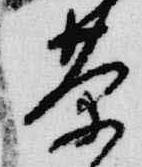
茶